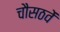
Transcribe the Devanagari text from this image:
चौसठवें